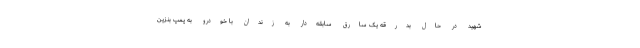
شهید در حال بدرقه یک سارق سابقه‌دار به زندان با خودرو به پمپ بنزین